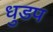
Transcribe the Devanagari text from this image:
धुडप